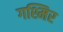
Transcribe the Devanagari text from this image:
गश्मिर